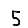
Digit: 5